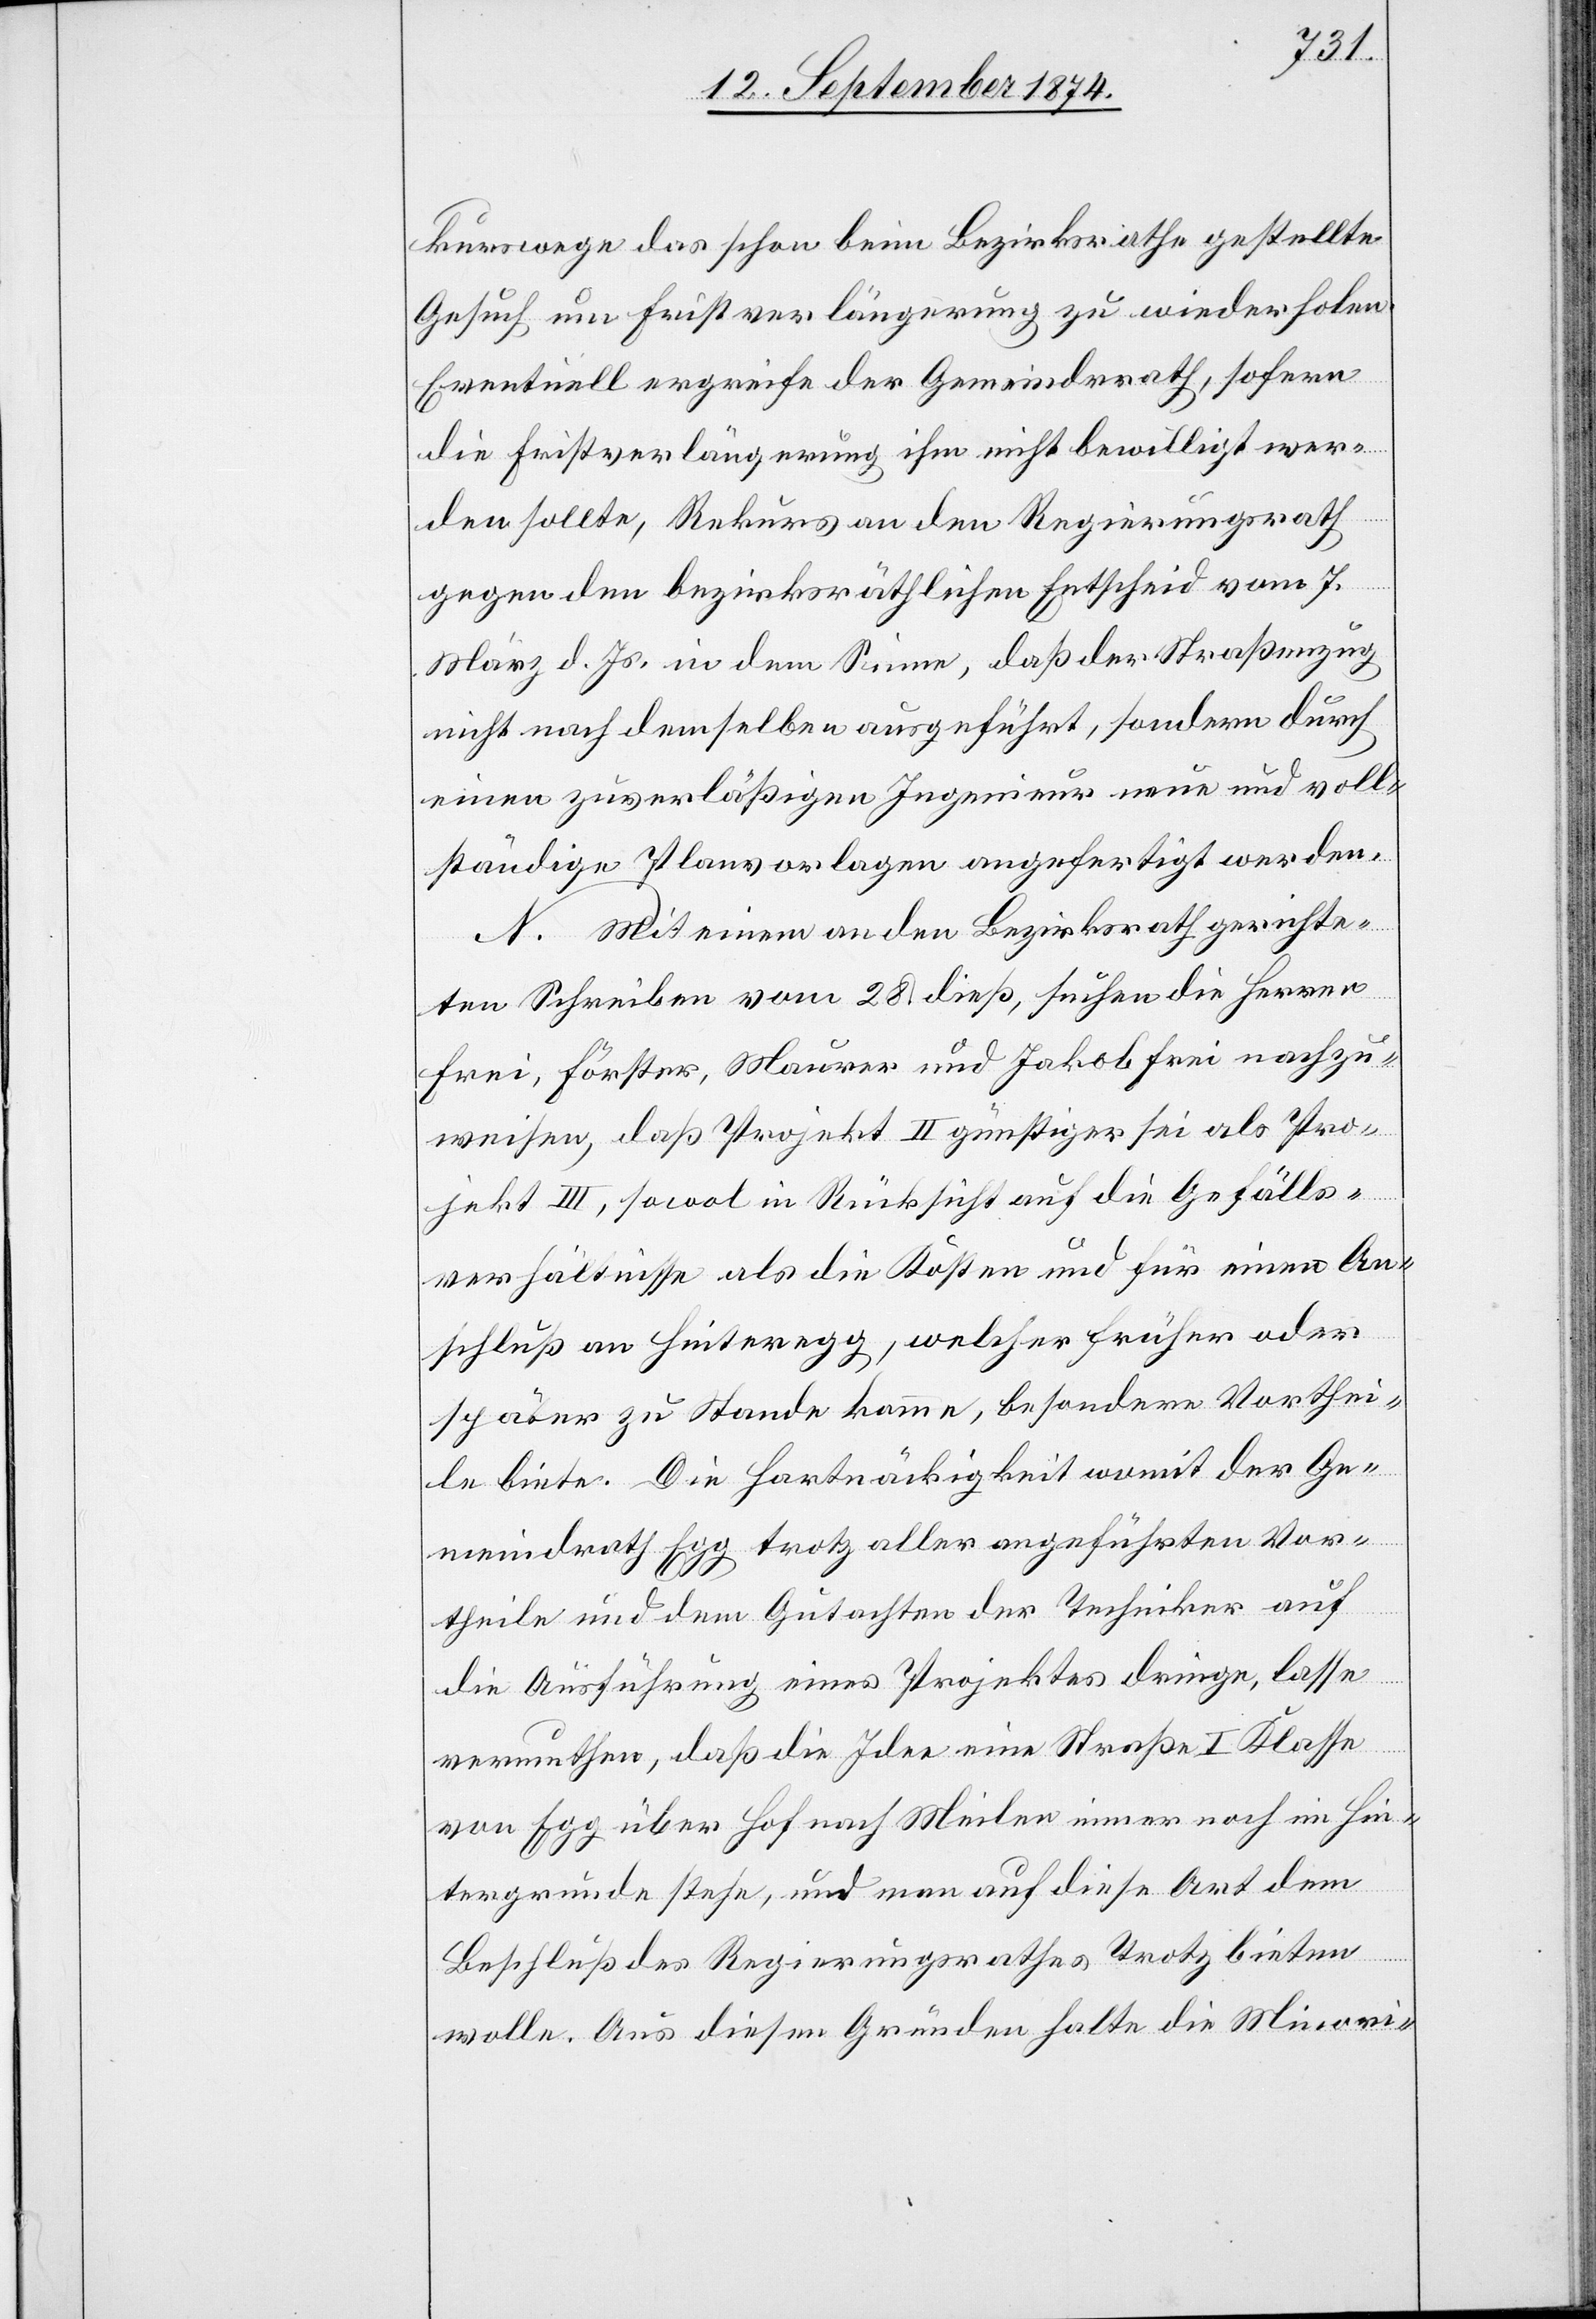
kurswege das schon beim Bezirksrathe gestellte
Gesuch um Fristverlängerung zu wiederholen.
Eventuell ergreife der Gemeindrath, sofern
die Fristverlängerung ihm nicht bewilligt wer¬
den sollte, Rekurs an den Regierungsrath
gegen den bezirksräthlichen Entscheid vom 7.
März d. Js. in dem Sinne, daß der Straßenzug
nicht nach demselben ausgeführt, sondern durch
einen zuverläßigen Ingenieur neue und voll¬
ständige Planvorlagen angefertigt werden.
N. Mit einem an den Bezirksrath gerichte¬
ten Schreiben vom 28. dieß, suchen die Herren
Frei, Förster, Maurer und Jakob Frei nachzu¬
weisen, daß Projekt II günstiger sei als Pro¬
jekt III, sowol in Rücksicht auf die Gefälls¬
verhältnisse als die Kosten und für einen An¬
schluß an Hinteregg, welcher früher oder
später zu Stande komme, besondere Vorthei¬
le biete. Die Hartnäckigkeit womit der Ge¬
meindrath Egg trotz aller angeführten Vor¬
theile und dem Gutachten der Techniker auf
die Ausführung eines Projektes dringe, lasse
vermuthen, daß die Idee eine Straße I Klasse
von Egg über Hof nach Meilen immer noch im Hin¬
tergrunde stehe und man auf diese Art dem
Beschluß des Regierungsrathes Trotz bieten
wolle. Aus diesen Gründen halte die Minori-